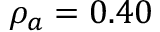
\rho _ { a } = 0 . 4 0